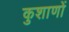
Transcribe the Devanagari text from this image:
कुशाणों